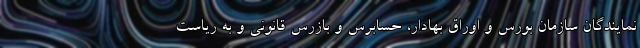
نمایندگان سازمان بورس و اوراق بهادار، حسابرس و بازرس قانونی و به ریاست